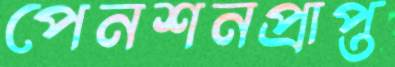
পেনশনপ্রাপ্ত